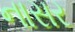
નાસર